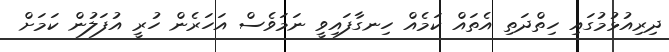
ދިރިއުޅުމުގައި ހިތްދަތި އެތައް ކަމެއް ހިނގާފައިވީ ނަމަވެސް އަހަރެން ހުރީ އުފަލުން ކަމަށް